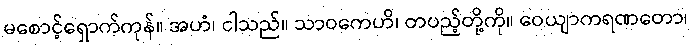
မစောင့်ရှောက်ကုန်။ အဟံ၊ ငါသည်။ သာဝကေဟိ၊ တပည့်တို့ကို။ ဝေယျာကရဏတော၊